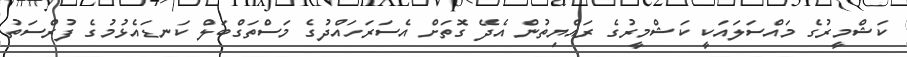
ކަޝްމީރުގެ މައްސަލައަކީ ކަޝްމީރުގެ ރައްޔިތުން އެދޭ ގޮތަށް އެސަރަހައްދުގެ މަސްތަގްބަލް ކަނޑައެޅުމުގެ ފުރްސަތު